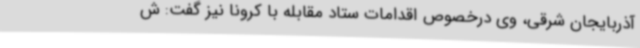
آذربایجان شرقی، وی درخصوص اقدامات ستاد مقابله با کرونا نیز گفت: ش